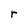
Character: r